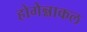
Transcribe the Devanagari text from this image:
होगेन्नाकल